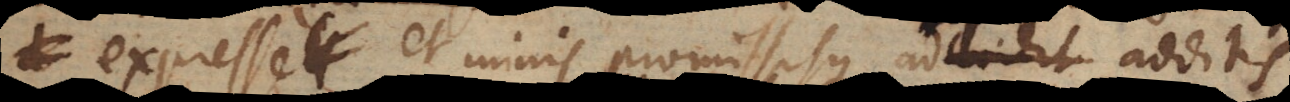
expresse et minis promissisque additis